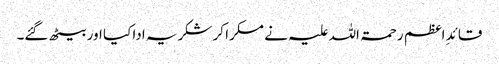
قائدِ اعظم رحمۃ اللہ علیہ نے مسکرا کر شکریہ ادا کیا اور بیٹھ گئے۔